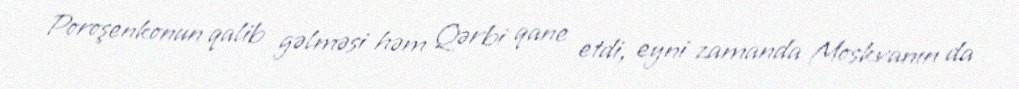
Poroşenkonun qalib gəlməsi həm Qərbi qane etdi, eyni zamanda Moskvanın da